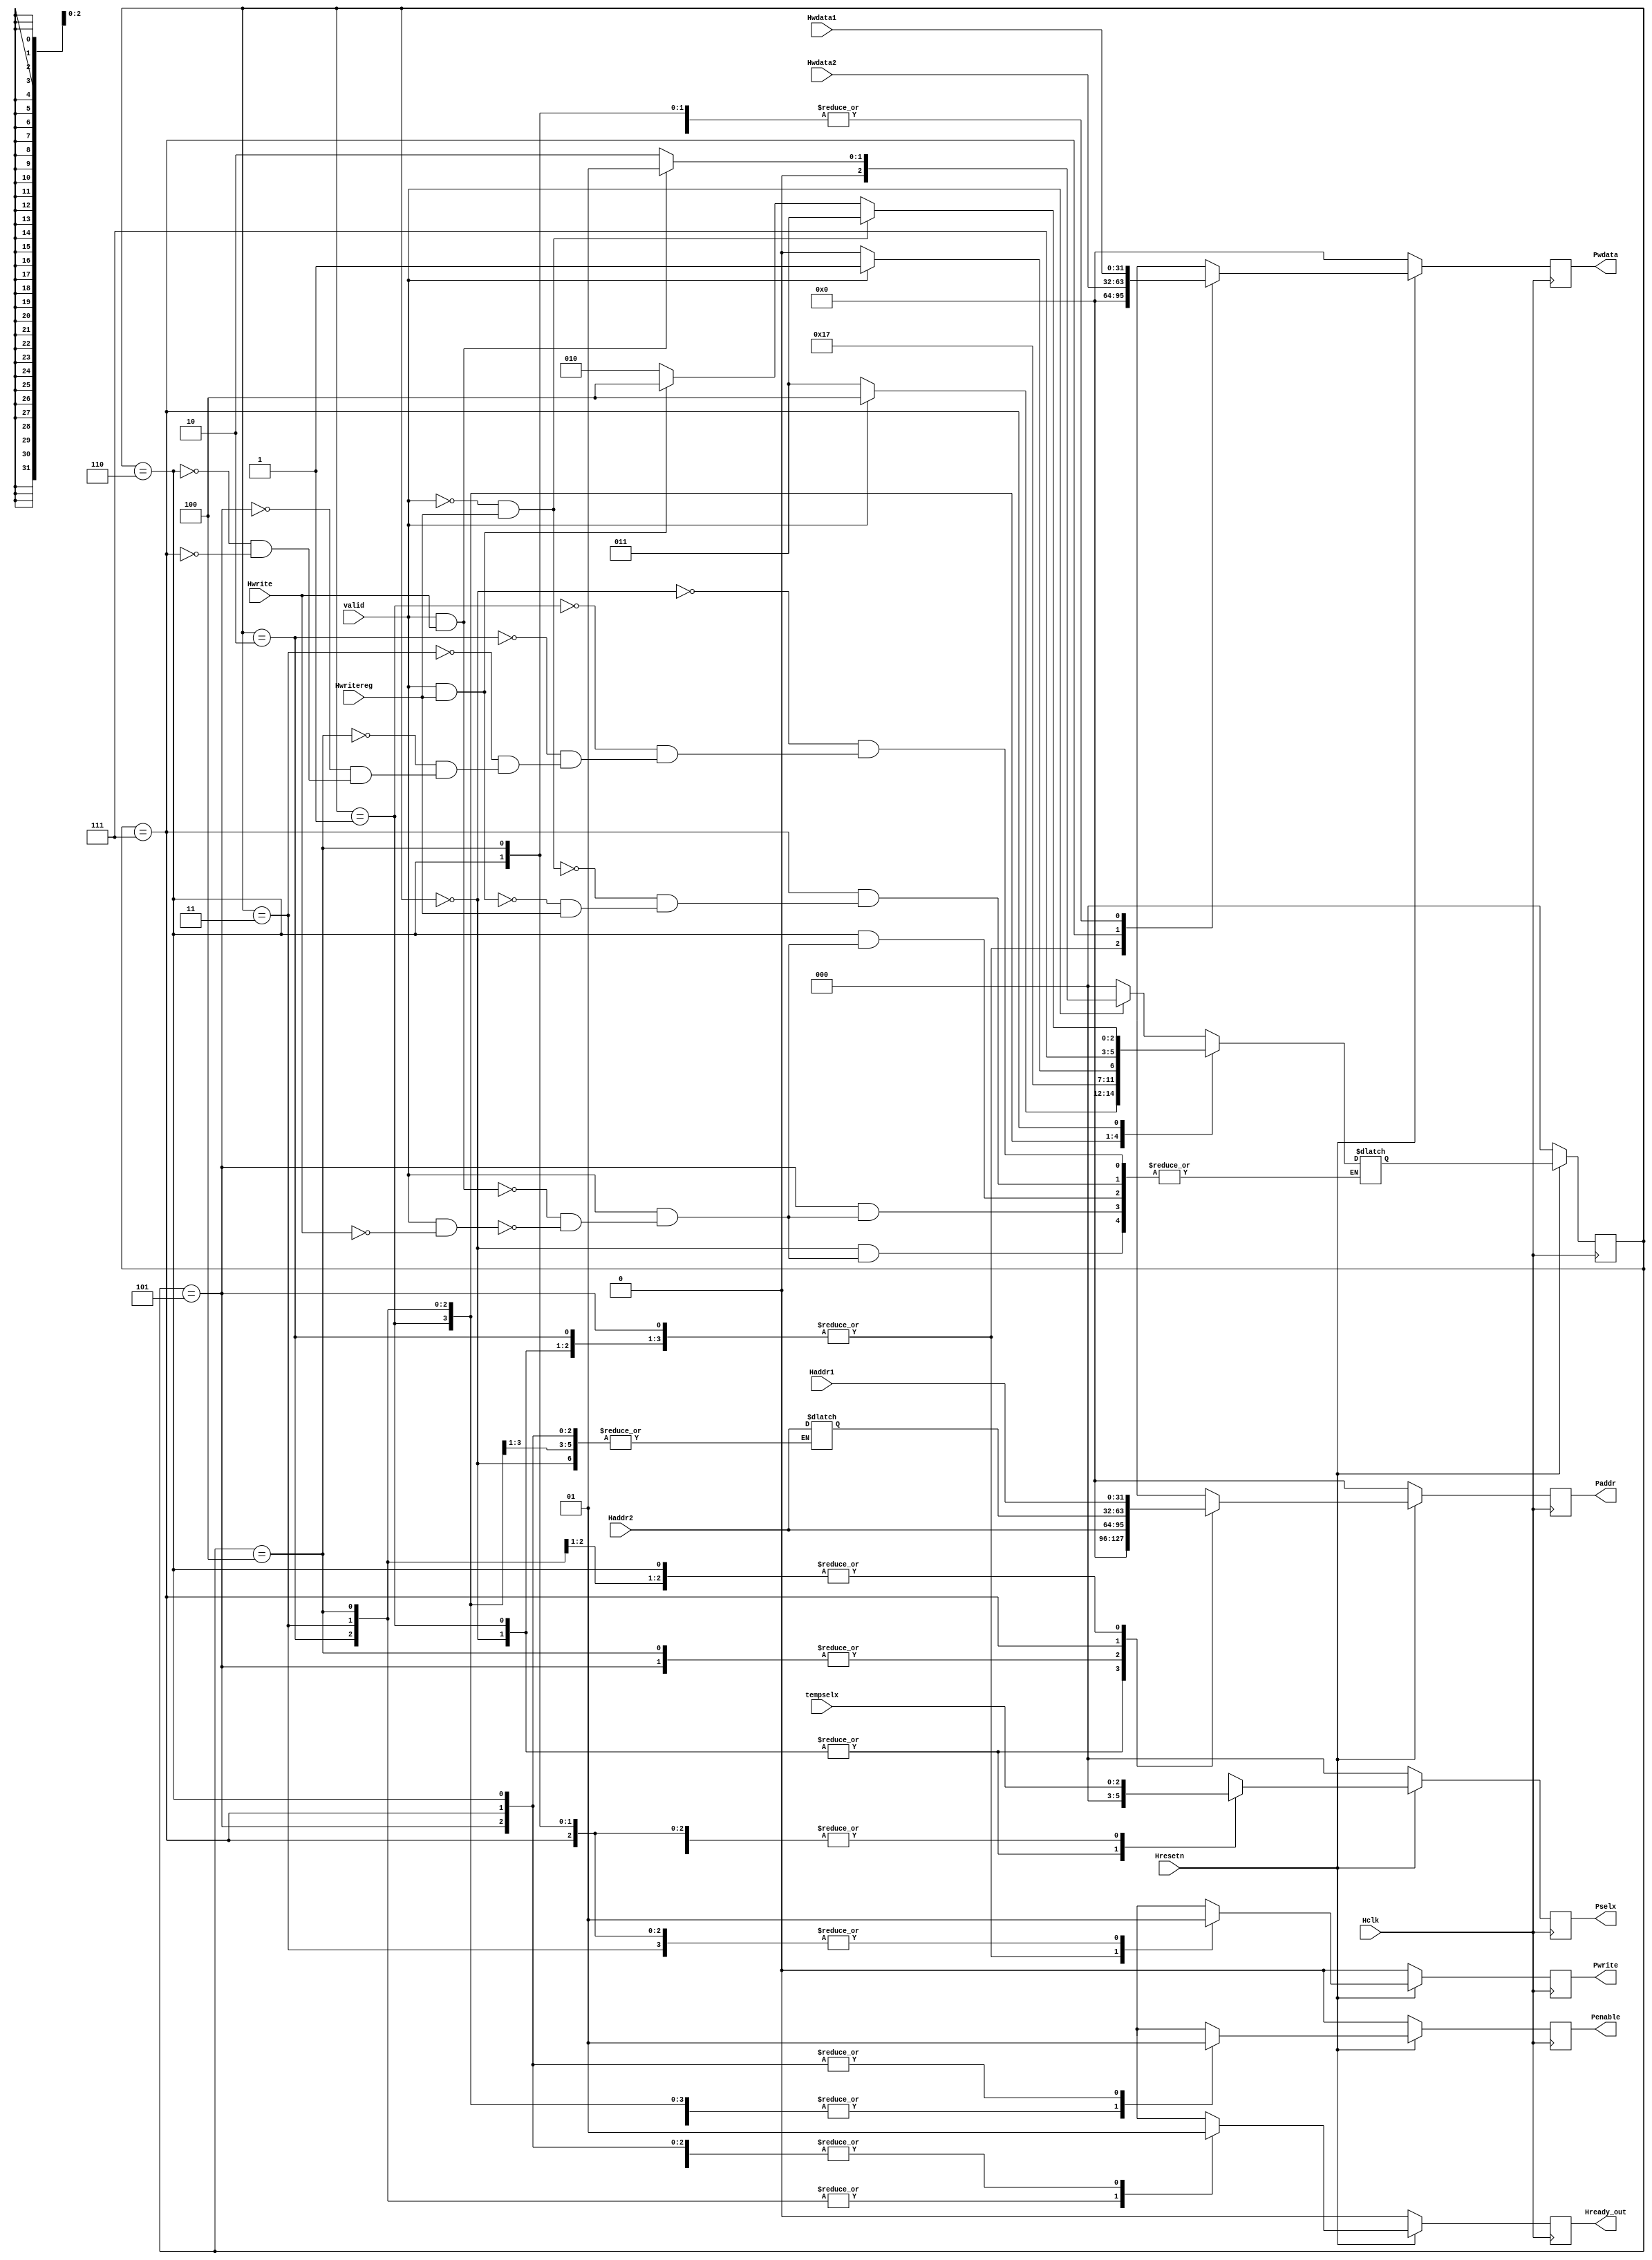
`timescale 1ns / 1ps
//////////////////////////////////////////////////////////////////////////////////
//  
// 
// Design Name: AHB2APB Bridge
// Module Name: apb_fsm
// 
//////////////////////////////////////////////////////////////////////////////////


module APB_fsm(Hclk,Hresetn,valid,Haddr1,Haddr2,Hwdata1,Hwdata2,Hwrite,Hwritereg,tempselx,Pwrite,Penable,Pselx,Paddr,Pwdata,Hready_out);
    
//*********************************************************************************
//port declaration
input Hclk,Hresetn,valid,Hwrite,Hwritereg;
input [31:0] Haddr1,Haddr2,Hwdata1,Hwdata2;
input [2:0] tempselx;

output reg Pwrite,Penable;
output reg Hready_out;  
output reg [2:0] Pselx;
output reg [31:0] Paddr,Pwdata;

reg [2:0] PRESENT_STATE,NEXT_STATE;
//Temporary assignments
reg Penable_temp,Hready_out_temp,Pwrite_temp;
reg [2:0] Pselx_temp;
reg [31:0] Paddr_temp, Pwdata_temp,addr;


//*********************************************************************************
//State Declaration
parameter ST_IDLE=3'b000;
parameter ST_WWAIT=3'b001;
parameter ST_READ= 3'b010;
parameter ST_WRITE=3'b011;
parameter ST_WRITEP=3'b100;
parameter ST_RENABLE=3'b101;
parameter ST_WENABLE=3'b110;
parameter ST_WENABLEP=3'b111;

//*********************************************************************************
//Present State Logic
always @(posedge Hclk)
begin
    if (~Hresetn)
        PRESENT_STATE<=ST_IDLE;
    else
        PRESENT_STATE<=NEXT_STATE;
end
 
//*********************************************************************************
//Next state logic 
always@(PRESENT_STATE,valid,Hwrite,Hwritereg)
begin
case(PRESENT_STATE)

    ST_IDLE:
        begin
            if (~valid)
                NEXT_STATE<=ST_IDLE;
            else if (valid && Hwrite)
                NEXT_STATE<=ST_WWAIT;
            else if (valid && ~Hwrite) 
                NEXT_STATE<=ST_READ;
        end    

    ST_WWAIT:
        begin
            if (~valid)
                NEXT_STATE<=ST_WRITE;
            else
                NEXT_STATE<=ST_WRITEP;
        end

    ST_READ:NEXT_STATE<=ST_RENABLE;
        
    ST_WRITE:
        begin
            if (~valid)
                NEXT_STATE<=ST_WENABLE;
            else
               NEXT_STATE<=ST_WENABLEP;
        end

    ST_WRITEP:NEXT_STATE<=ST_WENABLEP;
   

	ST_RENABLE:
        begin
            if (~valid)
                NEXT_STATE<=ST_IDLE;
            else if (valid && Hwrite)
                NEXT_STATE<=ST_WWAIT;
            else if (valid && ~Hwrite)
                NEXT_STATE<=ST_READ;
        end

	ST_WENABLE:
        begin
            if (~valid)
                NEXT_STATE<=ST_IDLE;
            else if (valid && Hwrite)
                NEXT_STATE<=ST_WWAIT;
            else if (valid && ~Hwrite)
                NEXT_STATE<=ST_READ;
        end

	ST_WENABLEP:
	   begin
		    if (~valid && Hwritereg)
		       NEXT_STATE<=ST_WRITE;
		    else if (valid && Hwritereg)
		       NEXT_STATE<=ST_WRITEP;
		    else if (~Hwritereg)
		       NEXT_STATE<=ST_READ;
	   end

	default:NEXT_STATE<=ST_IDLE;
	   
  endcase
 end

//*********************************************************************************
//Output Logic
always @(*)
 begin
    Penable_temp=1'b0;
    Hready_out_temp=1'b0;
    Pwrite_temp=1'b0;
    Pselx_temp=1'b0;
    Paddr_temp=1'b0;
    Pwdata_temp=1'b0;
    
   case(PRESENT_STATE)  
	ST_IDLE: Hready_out_temp=1'b1;
	ST_WWAIT:Hready_out_temp=1'b1;
	ST_READ: begin
	           Paddr_temp = Haddr1;
		       Pselx_temp = tempselx;
		       Hready_out_temp = 1'b0;
		     end

	ST_WRITE:begin
                Paddr_temp = Haddr1;
		        Hready_out_temp = 1'b0;
		        Pselx_temp = tempselx;
		        Pwdata_temp = Hwdata1;
		        Pwrite_temp = 1'b1;
		     end

	ST_WRITEP:begin
                Paddr_temp = Haddr2;
		        addr = Paddr_temp;
		        Pselx_temp = tempselx;
		        Pwdata_temp = Hwdata1;
		        Pwrite_temp = 1'b1;
		      end

	ST_RENABLE:begin
	              Penable_temp = 1'b1;
		          Hready_out_temp = 1'b1;
		          Paddr_temp = Haddr2; // doubt
		          Pselx_temp = tempselx;
               end

	ST_WENABLEP:begin
			       Paddr_temp=addr;
				   Pwrite_temp=1'b1;
				   Pselx_temp=tempselx;
				   Penable_temp=1'b1;
				   Pwdata_temp=Hwdata2;
				   Hready_out_temp=1'b1;
				  end

	ST_WENABLE :begin
			       Paddr_temp=Haddr1;
			       Hready_out_temp=1'b1;
			       Pselx_temp=tempselx;
			       Pwdata_temp=Hwdata1;
				   Pwrite_temp=1'b1;
				   Penable_temp=1'b1;
				   end   
   
   endcase
 end
 
always @(posedge Hclk)
 begin
  
  if (~Hresetn)
   begin
    Paddr<=0;
	Pwrite<=0;
	Pselx<=0;
	Pwdata<=0;
	Penable<=0;
	Hready_out<=0;
   end
  
  else
   begin
    Paddr<=Paddr_temp;
	Pwrite<=Pwrite_temp;
	Pselx<=Pselx_temp;
	Pwdata<=Pwdata_temp;
	Penable<=Penable_temp;
	Hready_out<=Hready_out_temp;
   end
 end

endmodule